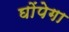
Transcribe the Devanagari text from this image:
घोंपेगा